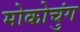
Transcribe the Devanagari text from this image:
मोकोचुंग